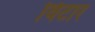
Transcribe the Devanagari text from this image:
विटार